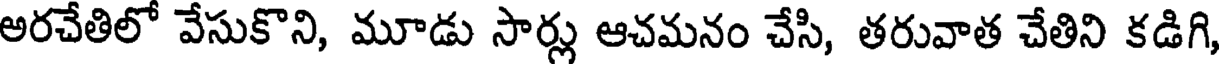
అరచేతిలో వేసుకొని, మూడు సార్లు ఆచమనం చేసి, తరువాత చేతిని కడిగి